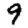
Digit: 9